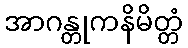
အာဂန္တုကနိမိတ္တံ